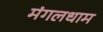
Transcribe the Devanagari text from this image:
मंगलधाम